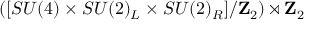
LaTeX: \left( [ S U ( 4 ) \times S U ( 2 ) _ { L } \times S U ( 2 ) _ { R } ] / \mathbf { Z } _ { 2 } \right) \rtimes \mathbf { Z } _ { 2 }